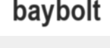
baybolt